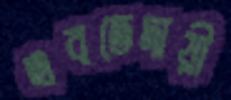
এবতেদায়ী